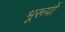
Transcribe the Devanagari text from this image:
भूरूपों